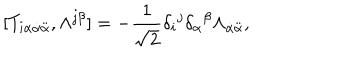
LaTeX: [ T _ { i \alpha \dot { \alpha } \ddot { \alpha } } , \Lambda ^ { j \beta } ] = - \frac 1 { \sqrt { 2 } } \delta _ { i } { } ^ { j } \delta _ { \alpha } { } ^ { \beta } \Lambda _ { \dot { \alpha } \ddot { \alpha } } , \nonumber